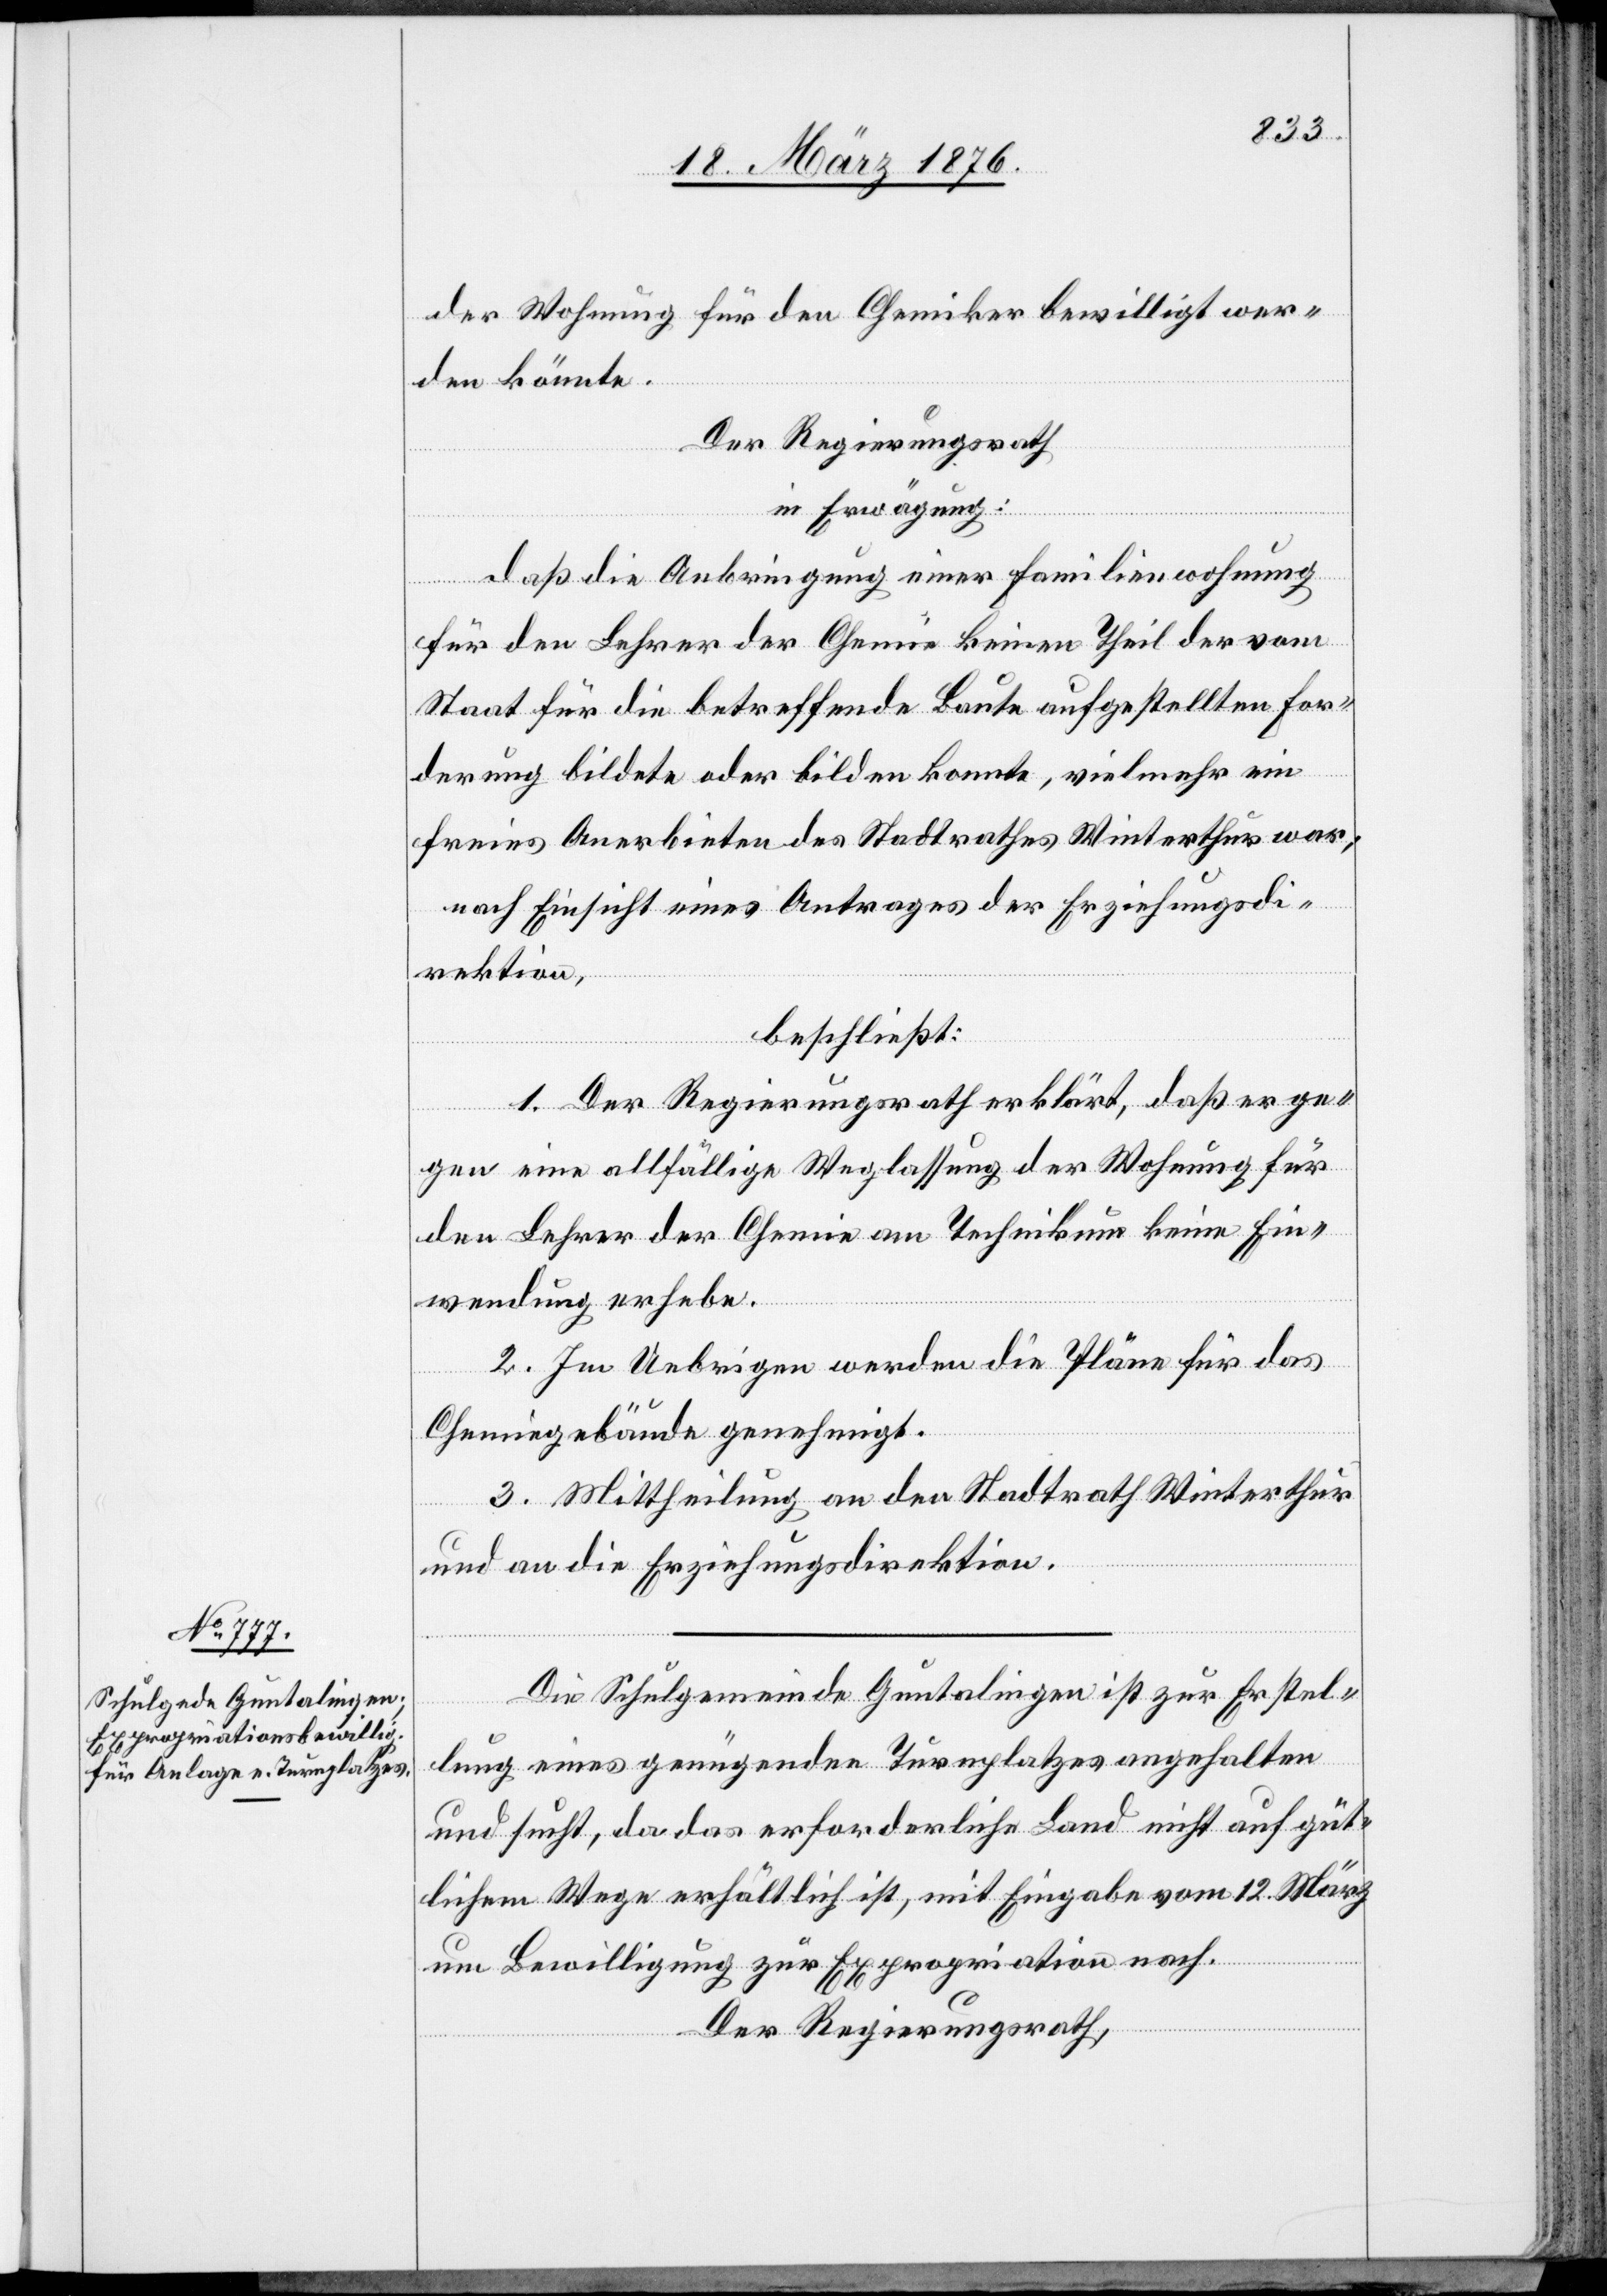
22. März 1876.]
der Wohnung für den Chemiker bewilligt wer¬
wesens,
den könnte.
Der Regierungsrath,
in Erwägung:
daß die Anbringung einer Familienwohnung
für den Lehrer der Chemie keinen Theil der vom
Staat für die betreffende Baute aufgestellten For¬
derung bildete oder bilden konnte, vielmehr ein
freies Anerbieten des Stadtrathes Winterthur war;
nach Einsicht eines Antrages der Direkti¬
beschließt:
1. Der Regierungsrath erklärt, daß er ge¬
gen eine allfällige Weglassung der Wohnung für
den Lehrer der Chemie am Technikum keine Ein¬
wendung erhebe.
2. Im Uebrigen werden die Pläne für das
Chemiegebäude genehmigt.
3. Mittheilung an den Stadtrath Winterthur
und an die Erziehungsdirektion.
Die Schulgemeinde Guntalingen ist zur Erstel¬
lung eines genügenden Turnplatzes angehalten
und sucht, da das erforderliche Land nicht auf güt¬
lichem Wege erhältlich ist, mit Eingabe vom 12. März
on
um Bewilligung zur Expropriation nach.
Der Regierungsrath